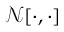
\mathcal { N } [ \cdot , \cdot ]